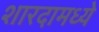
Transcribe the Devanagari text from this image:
शारदामध्ये